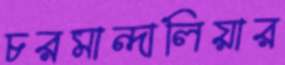
চরমান্দালিয়ার